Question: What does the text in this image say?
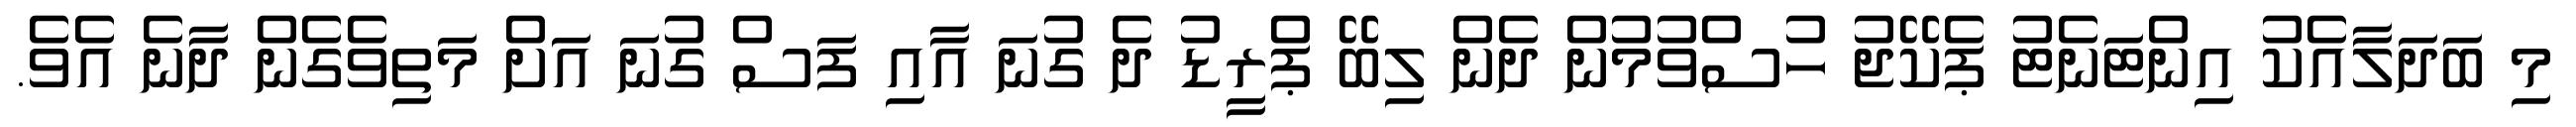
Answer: މި ބަދަލާއެކު އިންޓަނެޓު ޕެކޭޖު ހުސްވުމުން ދެން ލިބޭ ޕްރީޑު ދެ ގުނަ އާއި ފަސް ގުނަ އަށް މަތިވެގެން ދާނެ އެވެ.